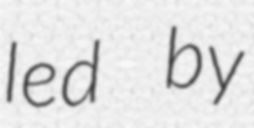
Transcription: led by